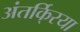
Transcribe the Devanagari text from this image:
अंतर्कि्रया